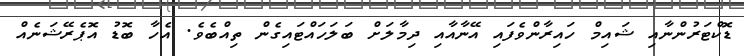
ޑޮކްޓަރުންނާއި ޝައިމް ހައިރާންވެފައި އޭނާއާއި ދިމާލަށް ބަލަހައްޓައިގެން ތިއްބެވެ. އެހާ ބޮޑު އޮޕެރޭޝަނެއް